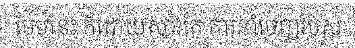
បែបនេះ ក៏ដោយសារតែ ការនាំចេញរបស់